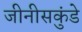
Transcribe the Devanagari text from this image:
जीनीसकुंडे